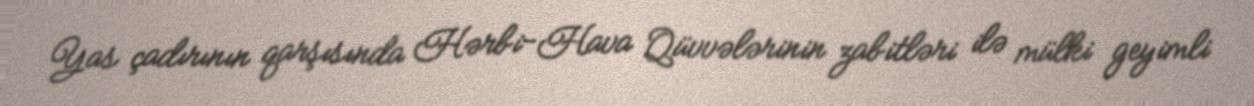
Yas çadırının qarşısında Hərbi-Hava Qüvvələrinin zabitləri ilə mülki geyimli